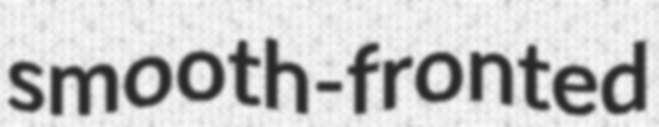
smooth-fronted